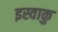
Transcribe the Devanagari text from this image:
इस्वाकु